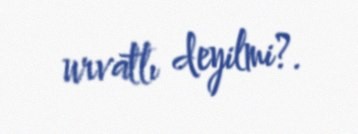
urvatlı deyilmi?.